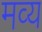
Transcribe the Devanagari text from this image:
मव्य